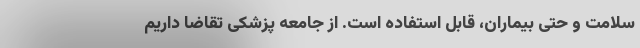
سلامت و حتی بیماران، قابل استفاده است. از جامعه پزشکی تقاضا داریم